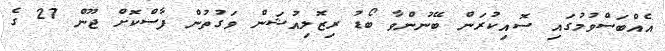
އެއްބަސްވުމުގައި ސޮއިކުރަން ބޭނުންވާ ބޯޑު ރިޒޮލިއުޝަން ވަގުތުން ފާސްކޮށް ޖޫން 27 ގެ